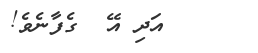
އަދި އޭ  ގެފާނެވެ!